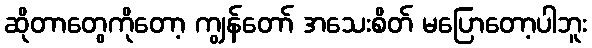
ဆိုတာတွေကိုတော့ ကျွန်တော် အသေးစိတ် မပြောတော့ပါဘူး